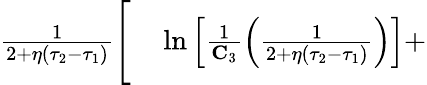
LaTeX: \begin{array}{rl}{\frac{1}{2+\eta(\tau_{2}-\tau_{1})}\Bigg[}&{{}\ln\left[\frac{1}{\mathbf{C}_{3}}\left(\frac{1}{2+\eta(\tau_{2}-\tau_{1})}\right)\right]+}\end{array}